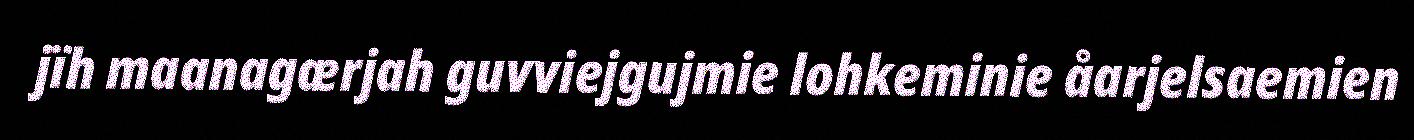
jïh maanagærjah guvviejgujmie lohkeminie åarjelsaemien